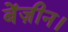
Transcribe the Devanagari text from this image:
बेंज़ीन।